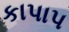
કાપાપ